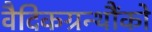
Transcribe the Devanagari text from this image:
वैदिकग्रन्थौंको